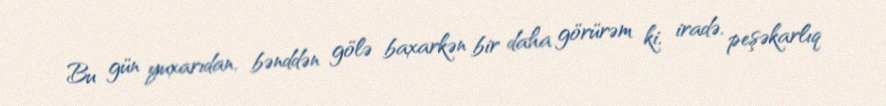
Bu gün yuxarıdan, bənddən gölə baxarkən bir daha görürəm ki, iradə, peşəkarlıq